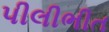
પીલીભીત